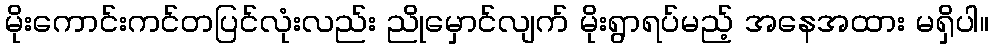
မိုးကောင်းကင်တပြင်လုံးလည်း ညိုမှောင်လျက် မိုးရွာရပ်မည့် အနေအထား မရှိပါ။